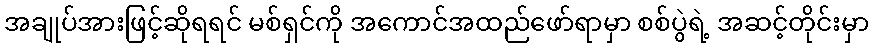
အချုပ်အားဖြင့်ဆိုရရင် မစ်ရှင်ကို အကောင်အထည်ဖော်ရာမှာ စစ်ပွဲရဲ့ အဆင့်တိုင်းမှာ